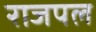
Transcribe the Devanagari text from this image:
राजपल